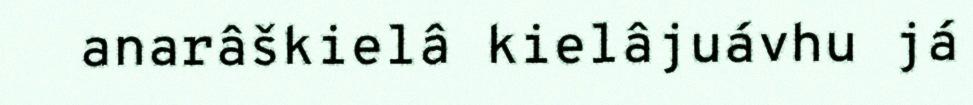
anarâškielâ kielâjuávhu já